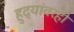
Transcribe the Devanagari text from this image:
हुद्यांवरही